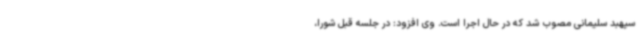
سپهبد سلیمانی مصوب شد که در حال اجرا است. وی افزود: در جلسه قبل شورا،